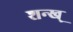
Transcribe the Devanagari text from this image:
शन्ख्